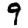
Digit: 9